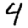
Digit: 4